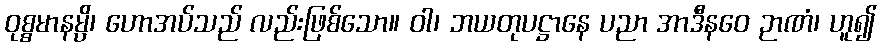
ဝုစ္စမာနမ္ပိ၊ ဟောအပ်သည် လည်းဖြစ်သော။ ဝါ၊ ဘယတုပဋ္ဌာနေ ပညာ အာဒီနဝေ ဉာဏံ၊ ဟူ၍